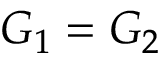
G _ { 1 } = G _ { 2 }